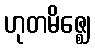
ဟုတမိဇ္ဈေ